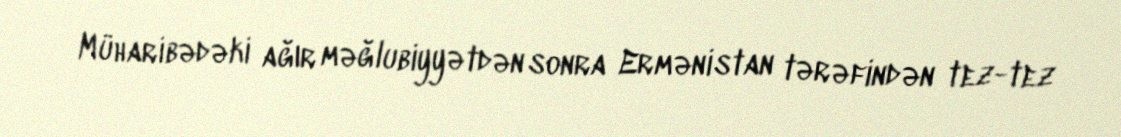
Müharibədəki ağır məğlubiyyətdən sonra Ermənistan tərəfindən tez-tez